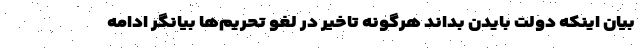
بیان اینکه دولت بایدن بداند هرگونه تاخیر در لغو تحریم‌ها بیانگر ادامه